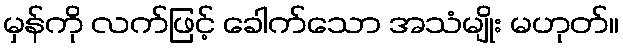
မှန်ကို လက်ဖြင့် ခေါက်သော အသံမျိုး မဟုတ်။